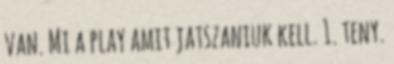
van. Mi a play amit jatszaniuk kell. 1. teny.